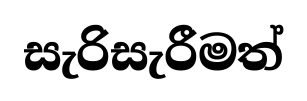
සැරිසැරීමත්